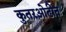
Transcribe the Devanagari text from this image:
कुतरओढीत